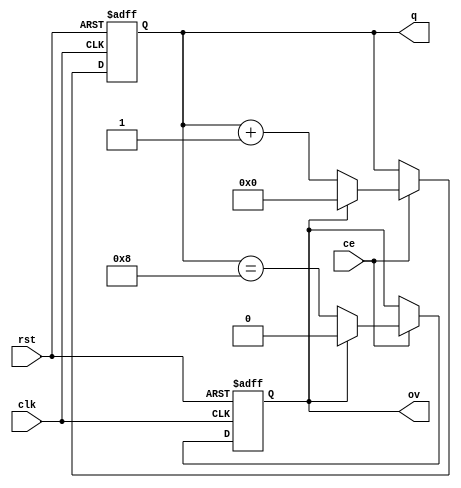
module counter #(
  parameter N = 10,
  parameter W = $clog2(N)
)(
  input wire clk,
  input wire rst,
  input wire ce,
  output wire [W-1:0]q,
  output wire ov
);

  reg [W-1:0]q_reg;
  reg ov_reg;
  
  assign q = q_reg;
  assign ov = ov_reg;
  
  // Counter implementation
  always@(posedge clk or negedge rst)
    begin
      if(!rst) q_reg <= 0;
      else if(ce)
        if(ov_reg) q_reg <= 0;
      else
        q_reg <= q_reg + 1'b1;
    end

  // Detect overlofw
  always@(posedge clk or negedge rst)
    begin
      if(!rst) ov_reg <= 0;
      else if(ce)
        if(ov_reg) ov_reg <= 1'b0;
      else
        ov_reg <= (q_reg == N-2); // Check if is overflow
    end
endmodule